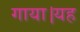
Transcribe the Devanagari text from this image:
गाया।यह